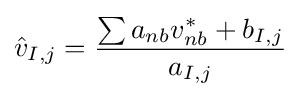
{\hat {v}}_{I,j}={\frac {\sum a_{nb}v_{nb}^{*}+b_{I,j}}{a_{I,j}}}